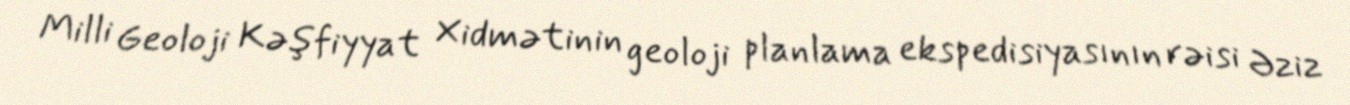
Milli Geoloji Kəşfiyyat Xidmətinin geoloji planlama ekspedisiyasının rəisi Əziz